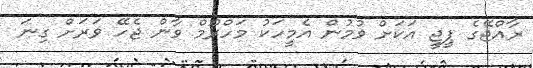
ރާއްޖޭގެ ޕީޖީ އަކަށް ވުމުން އެމީހަކު މަހްރޫމް ވާން ޖެހޭ ވަރަށް ގިނަ